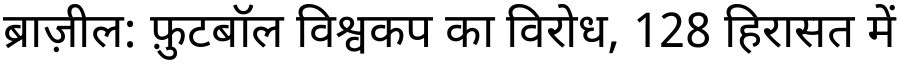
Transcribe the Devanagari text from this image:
ब्राज़ील: फ़ुटबॉल विश्वकप का विरोध, 128 हिरासत में